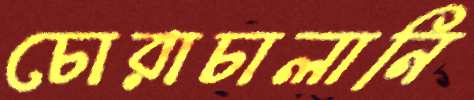
চোরাচালানি